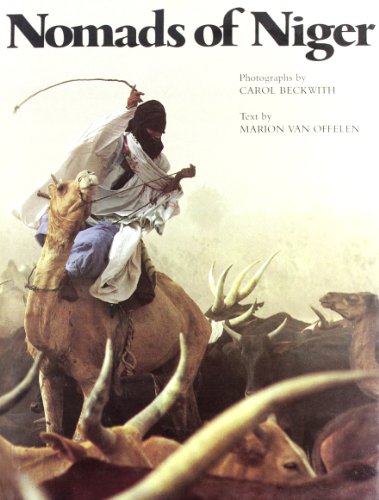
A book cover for Nomads of Niger; Carol Beckwith; Travel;